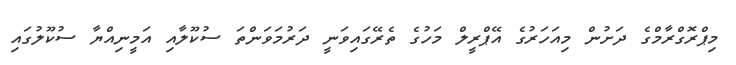
މިޕްރޮގްރާމްގެ ދަށުން މިއަހަރުގެ އޭޕްރީލް މަހުގެ ތެރޭގައިވަނީ ދަރުމަވަންތަ ސުކޫލާއި އަމީނިއްޔާ ސުކޫލުގައި